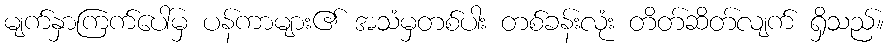
မျက်နှာကြက်ပေါ်မှ ပန်ကာများ၏ အသံမှတစ်ပါး တစ်ခန်းလုံး တိတ်ဆိတ်လျက် ရှိသည်။